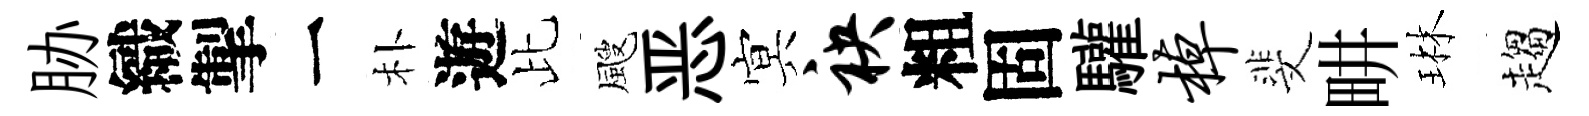
胁織掣一朴遊比颼恶㝠袂粗固驩棹斐畊琳趨